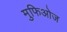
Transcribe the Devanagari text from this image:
मुफिओज